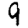
Digit: 9